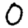
Digit: 0